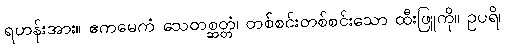
ရဟန်းအား။ ဧကမေကံ သေတစ္ဆတ္တံ၊ တစ်စင်းတစ်စင်းသော ထီးဖြူကို။ ဥပရိ၊